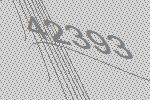
42393